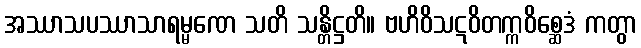
အဿာသပဿာသာရမ္မဏေ သတိ သန္တိဋ္ဌတိ။ ဗဟိဝိသဋဝိတက္ကဝိစ္ဆေဒံ ကတွာ